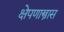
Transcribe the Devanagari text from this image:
क्षेपणास्त्रास